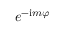
e ^ { - \mathrm { i } m \varphi }